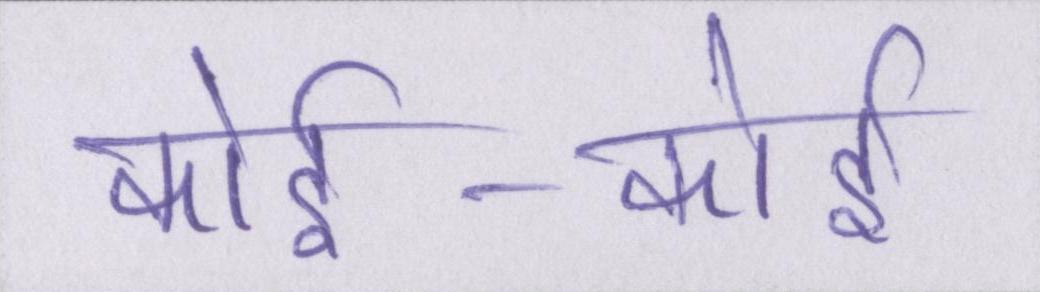
कोई-कोई